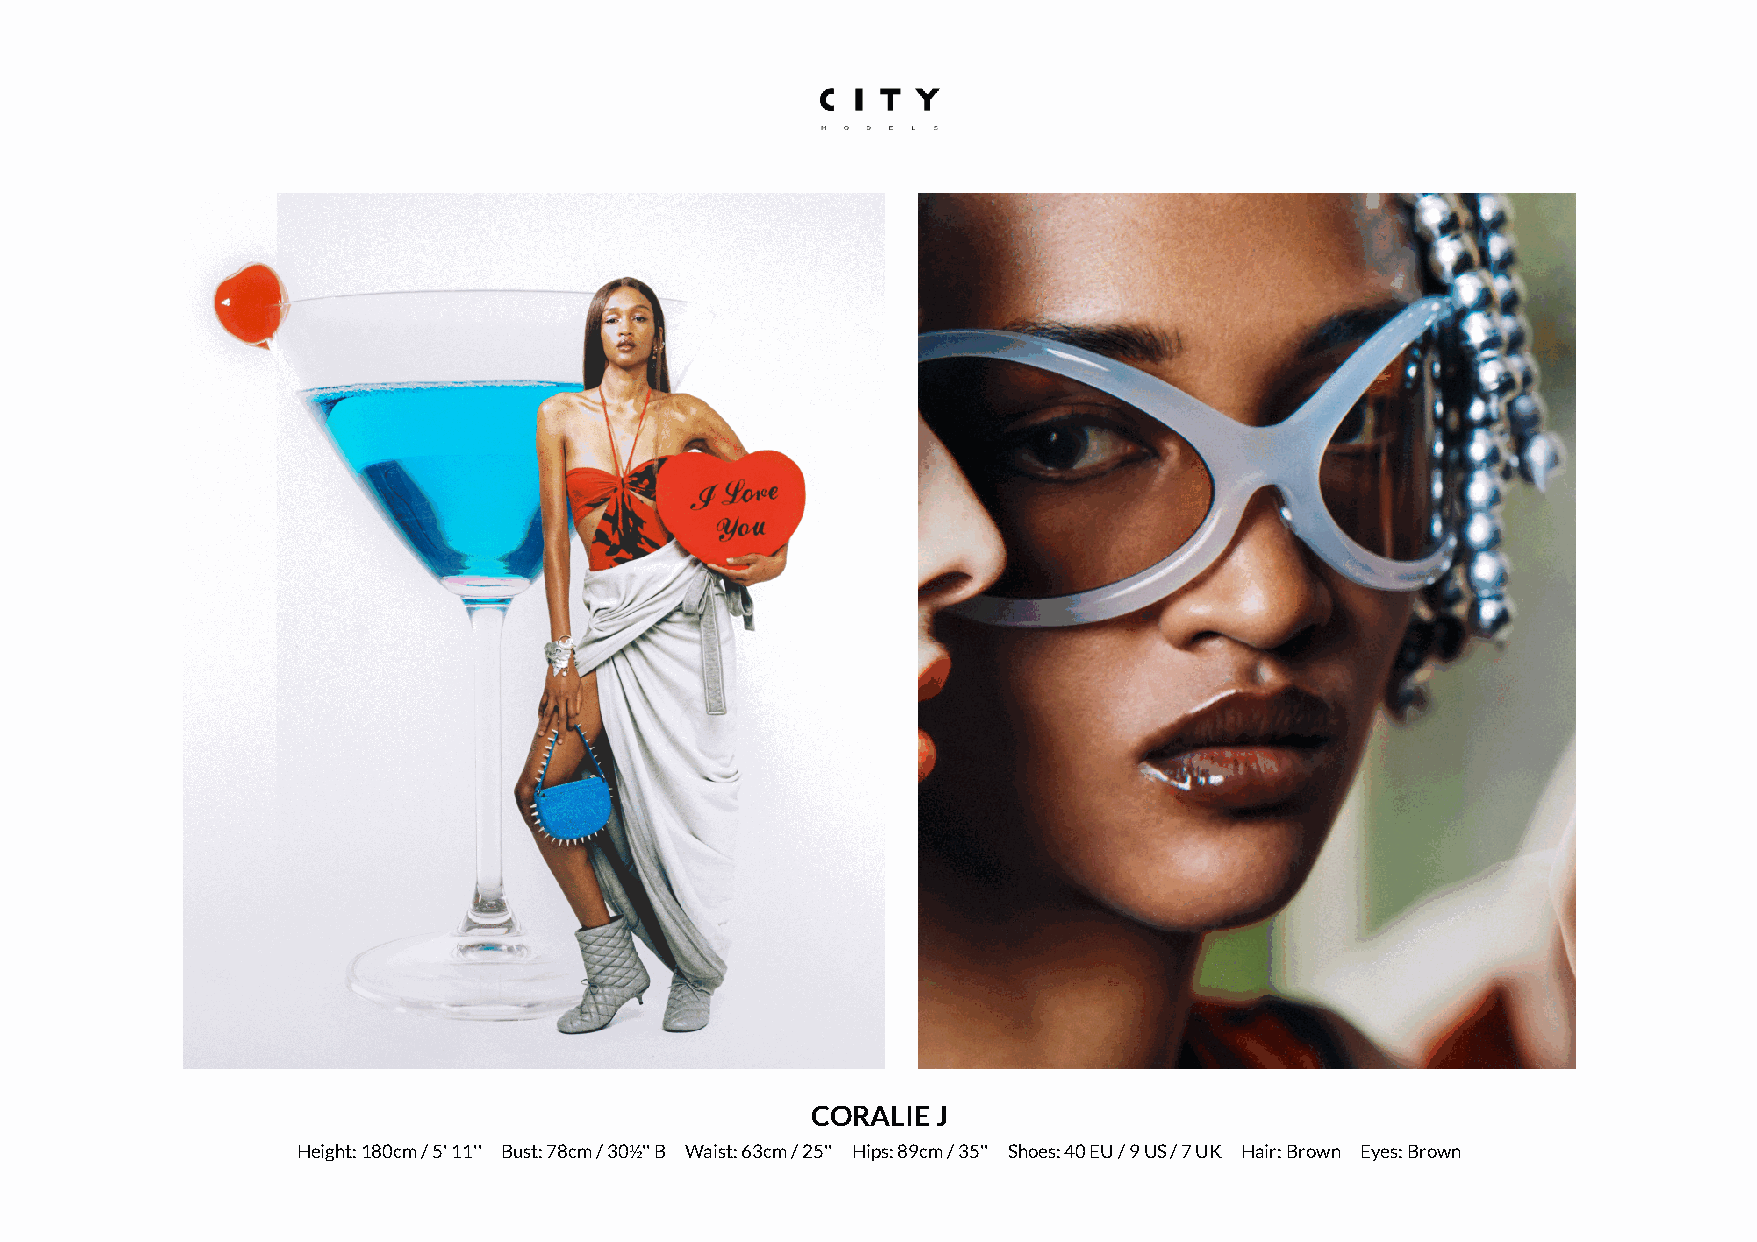
CORALIE J
 Height: 180cm / 5' 11'' Bust: 78cm / 30½'' B Waist: 63cm / 25'' Hips: 89cm / 35'' Shoes: 40 EU / 9 US / 7 UK Hair: Brown Eyes: Brown